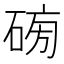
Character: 𥓯